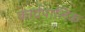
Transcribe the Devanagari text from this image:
कार्यपालिक